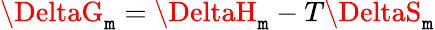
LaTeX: \DeltaG_{\mathtt{m}}=\DeltaH_{\mathtt{m}}-T\DeltaS_{\mathtt{m}}